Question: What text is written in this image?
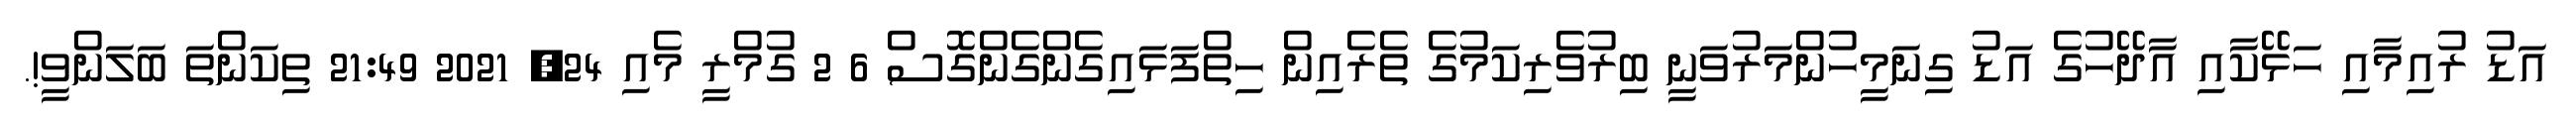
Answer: އަޑު ރުއިމާއި ހަޅޭކާއި އާދޭހުގެ އަޑު ގިނަމީހުންމަރުވަނީ ބިރުވެރިކަމުގެ ތެރެއިން ހިތްފަޅައިގެންގެންގޮސް 6 2 ގުމްރީ މެއި 24, 2021 21:49 ތިކަންތަ ބަލަންވީ!.